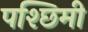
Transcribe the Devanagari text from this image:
पश्छिमी